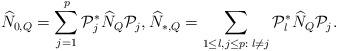
LaTeX: \begin{align*}\widehat{N}_{0,Q} = \sum_{j=1}^{p} \mathcal{P}_j^* \widehat{N}_Q \mathcal{P}_j, \widehat{N}_{*,Q} = \sum_{{1 \le l,j \le p: \; l \ne j}} \mathcal{P}_l^* \widehat{N}_Q \mathcal{P}_j.\end{align*}